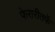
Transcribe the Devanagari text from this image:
फेरारीतर्फे